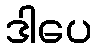
ဒါပေ